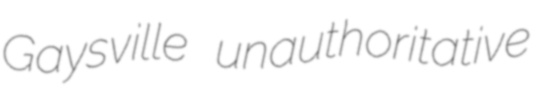
Gaysville unauthoritative